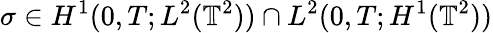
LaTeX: \sigma\in H^{1}(0,T;L^{2}(\mathbb{T}^{2}))\cap L^{2}(0,T;H^{1}(\mathbb{T}^{2}))